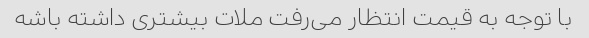
با توجه به قیمت انتظار می‌رفت ملات بیشتری داشته باشه